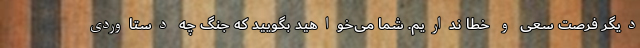
دیگر فرصت سعی و خطا نداریم. شما می‌خواهید بگویید که جنگ چه دستاوردی